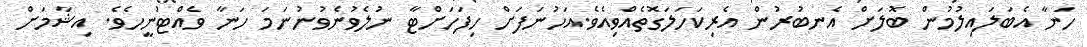
ހަނާ އެބަލައިލުމުން ބޮލަށް އެނބުރުން އެރިކަހަލަގޮތެއްވިއެވެ.އަހުނަފަށް ހިފަހަށްޓާ ނުލެވުނެވުނުނަމަ ހަނާ ވެއްޓުނީހެވެ. އިޝާމަށް